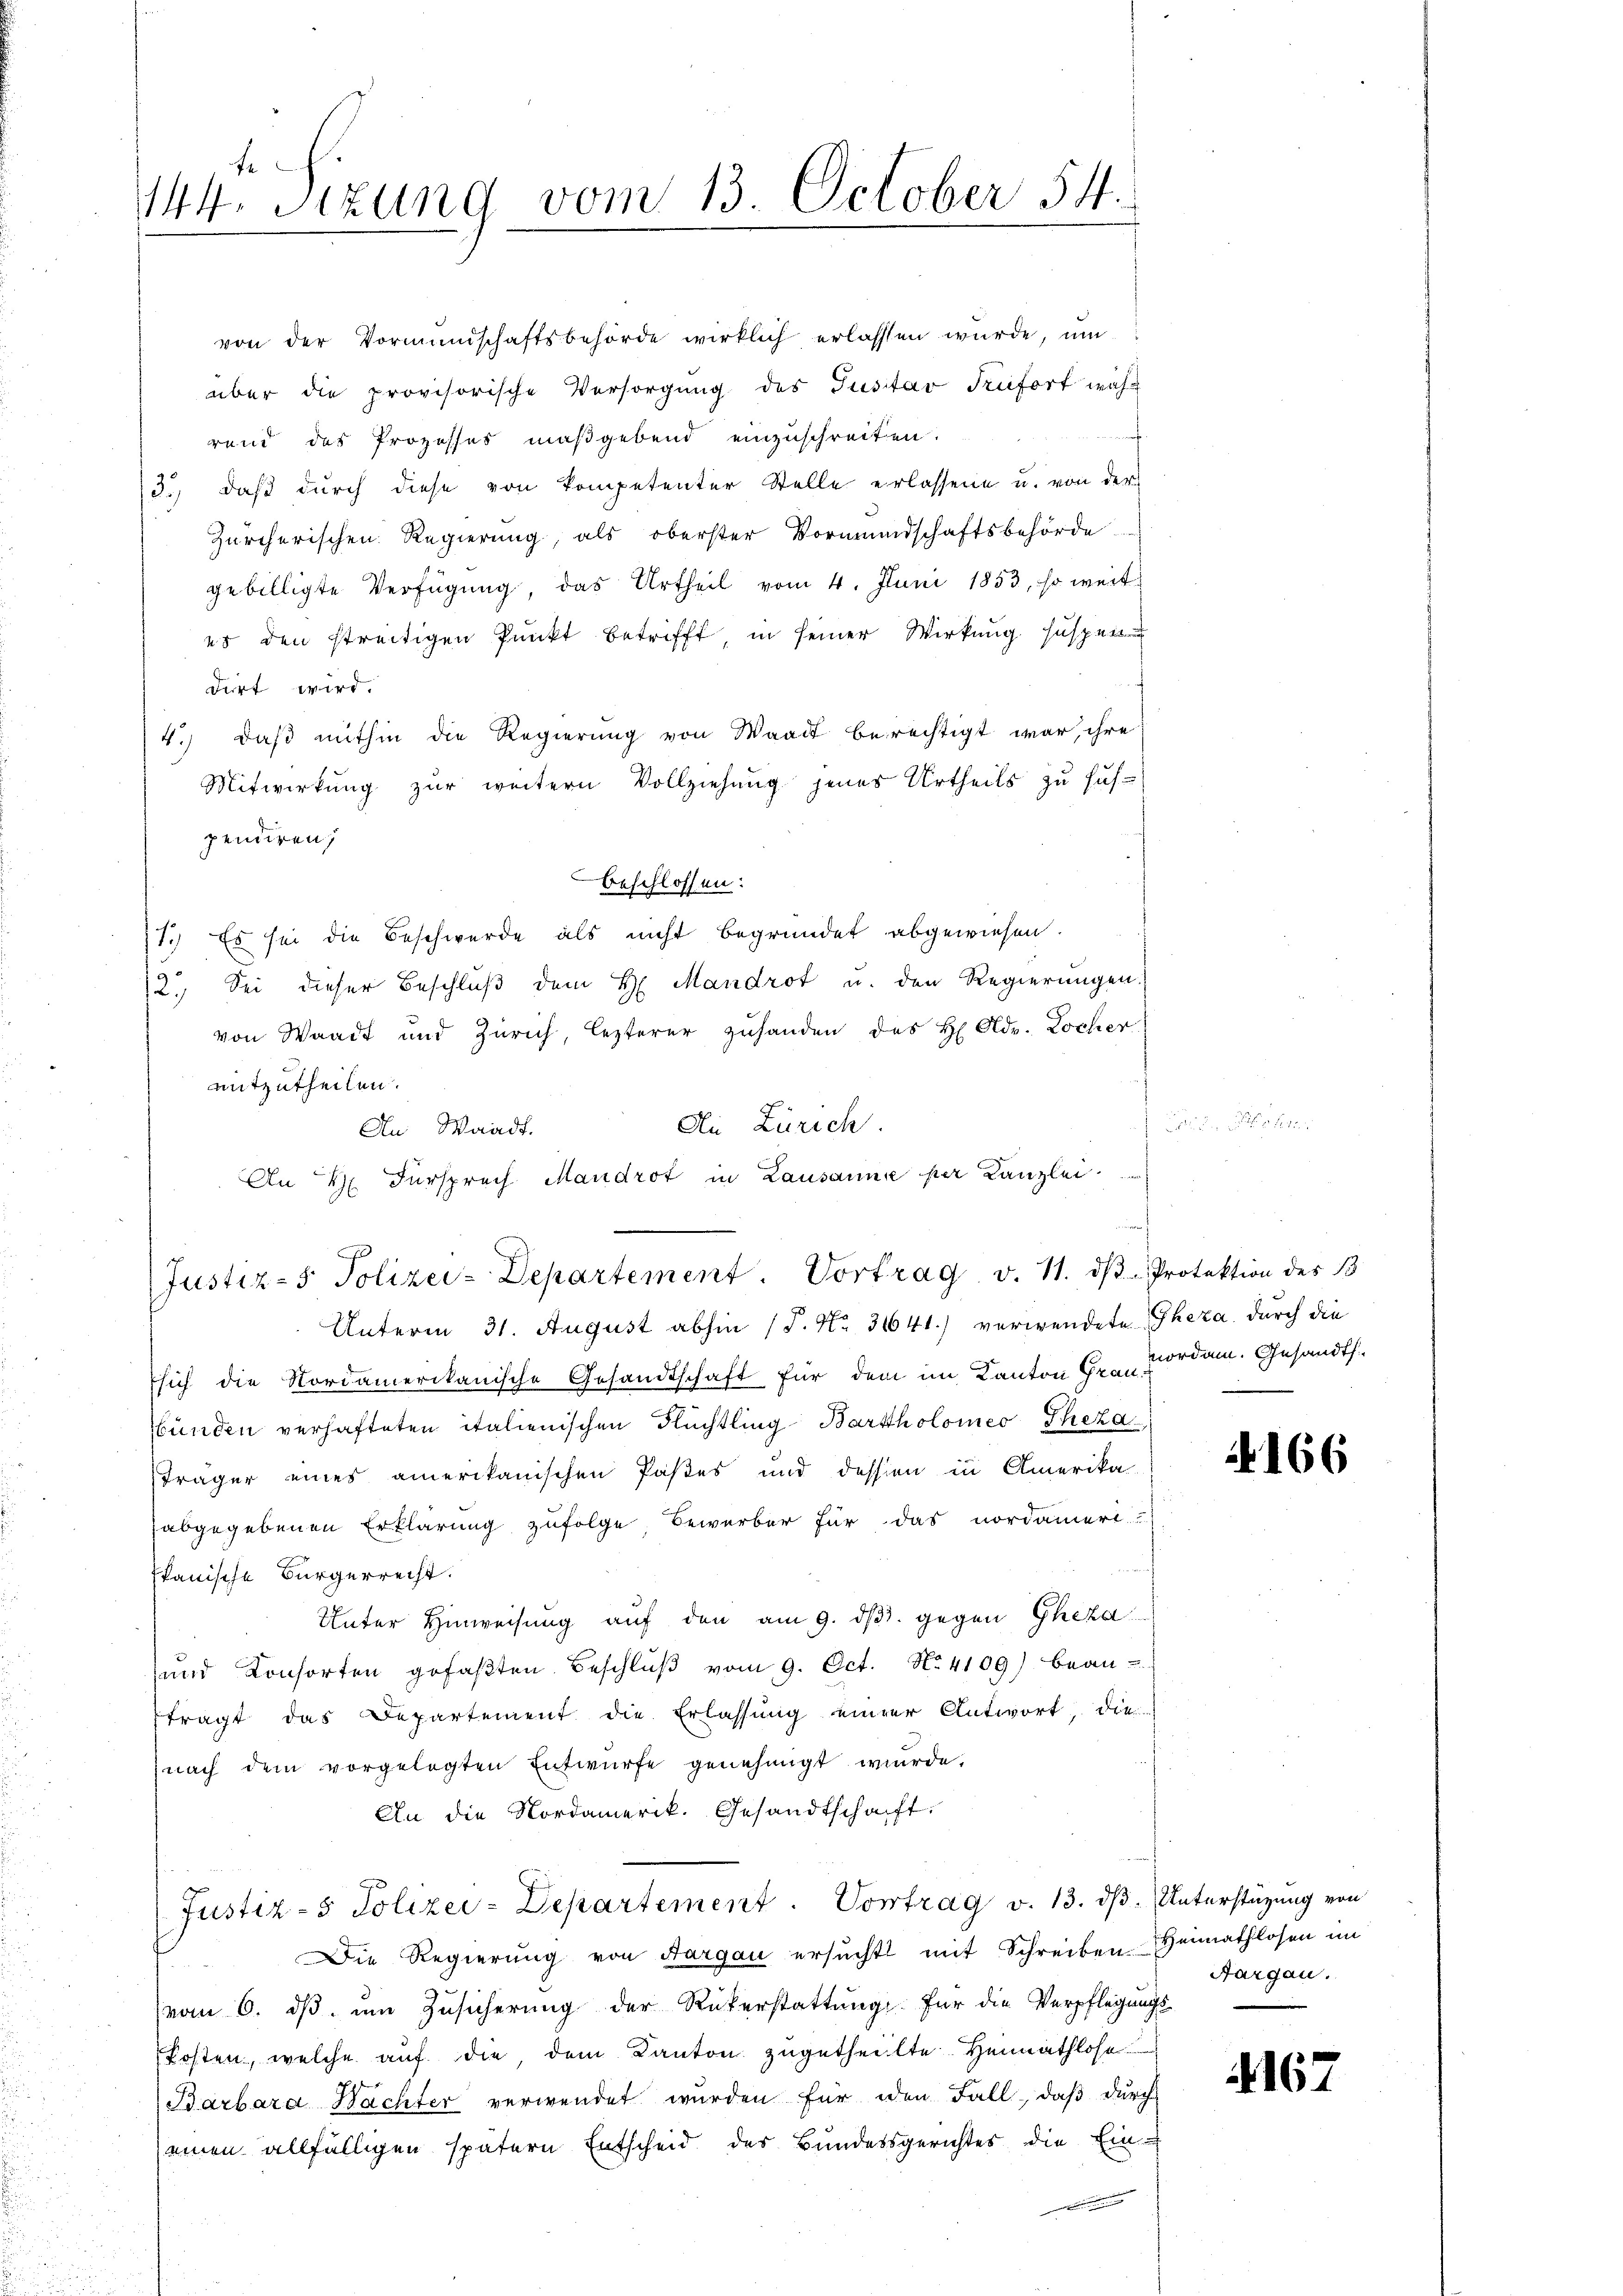
te
144. Sizung vom 13. October 54.

von der Vormundschaftsbehörde wirklich erlassen wurde, um
über die provisorische Versorgŭng des Gustav Trüfort wäh-
¬
rend das Prozesses maßgebend einzuschreiten.
73.) daß durch diese von kompetenter Stelle erlassene u. von der
Zürcherischen Regierung, als oberster Vormundschaftsbehörde
gebilligte Verfügung, das Urtheil vom 4. Juni 1853, so weit
es den streitigen Punkt betrifft in seiner Wirkung suspen
dirt wird.
4.) daß mithin die Regierung von Waadt berechtigt war, ihre
Mitwirkung zŭr weitern Vollziehung jenes Urtheils zu sus-
pendiren,
beschlossen:
7.) Es sei die Beschwerde als nicht begründet abgewiesen.
2. Sei dieser Beschluß dem H. Mandrot u. den Regierungen
von Waadt und Zürich, lezterer zusanden des H Olde. Locher
mitzutheilen.
Die Zürich.
1
An Waadt.
An H. Fürsprech Mandrot in Lausanne per Kanzlei

Justiz- & Polizei-Departement. Vortrag v. 11. ds Protektion des 13
Unterm 31. August abhin (P. Nr. 36641) verwendete Thera durch die

Esich die Nordamerikanische Gesandtschaft für dem im Kanton Hr. vorden. Gesandt.
bünden verhafteten italienischen Flüchtling Bartholomeo Theza
Träger eines amerikanischen Pastes und dessen in Amerika-
abgegebenen Erklärung zufolge, Bewerber für das nordameri
Itanische Bürgerrecht.
Unter Hinweisung auf den am 9. dβ. gegen Gheza
und Konsorten gefaβten Beschlŭβ vom 9. Oct. No. 4109) bean-
ftragt das Departement die Erlassung einer Antwort, die
nach dem vorgelegten Entwurfe genehmigt wurde.
An die Nordamerik. Gesandtschaft.
Justiz- & Polizei-Departement. Vortrag v. 13. ds. Unterstüzung von
Die Regierung von Aargau ersucht mit Schreiben Heimathlosen im
vom 6. ds. um Zusicherung der Rükerstattung. Für die Verpflegungs
kosten, welche auf die, dem Kanton zugetheilte. Heimathlose
Barbara Bachter verwendet wurden für den Fall, daß durch
seinen allfälligen spätern Entscheid des Bundesgerichtes, die Eine

N 166

Aargau.

4167